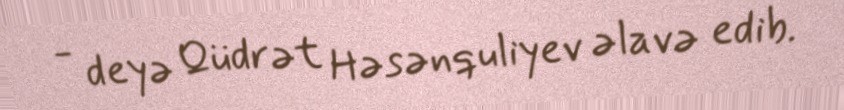
- deyə Qüdrət Həsənquliyev əlavə edib.